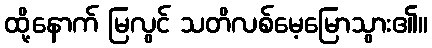
ထို့နောက် မြလွင် သတိလစ်မေ့မြောသွား၏။